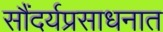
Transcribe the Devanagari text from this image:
सौंदर्यप्रसाधनात